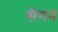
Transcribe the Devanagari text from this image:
सैगन